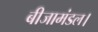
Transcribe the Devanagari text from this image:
बीजामंडल।